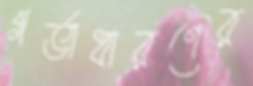
গর্ভাধারণের